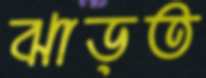
ঝাড়ত